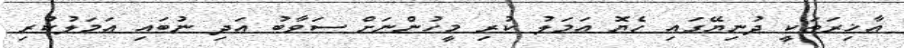
އާޚިރަތަކީ ދުނިޔޭގައި ހެޔޮ ޢަމަލު ކުރި މީހުންނަށް ސަވާބު އަދި ނުބައި ޢަމަލުކުރި